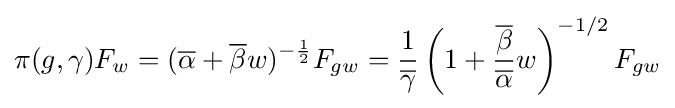
\pi (g,\gamma )F_{w}=({\overline {\alpha }}+{\overline {\beta }}w)^{-{\frac {1}{2}}}F_{gw}={\frac {1}{\overline {\gamma }}}\left(1+{{\overline {\beta }} \over {\overline {\alpha }}}w\right)^{-1/2}F_{gw}